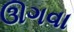
ઊગવા